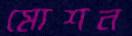
মোশন